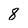
Character: 8